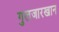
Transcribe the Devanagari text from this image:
गुलजारखान